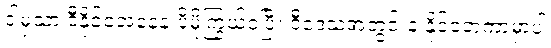
ဒါမှသာ ဒီနိုင်ငံအနေနဲ့ ပိုမိုကြွယ်ဝပြီး ဒီဒေသအတွင်းနဲ့ နိုင်ငံတကာမှာပါ